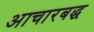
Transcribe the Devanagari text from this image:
आचारबद्ध